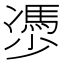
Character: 𠘔